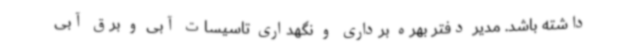
داشته باشد. مدیر دفتر بهره برداری و نگهداری تاسیسات آبی و برق آبی